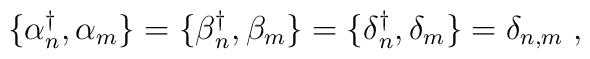
\{\alpha{^\dagger _n}, \alpha_m \} = \{ \beta{_n ^\dagger}, \beta _m \} = \{\delta {_n^\dagger},\delta_m\} = \delta _{n, m}\; ,